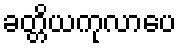
ခတ္တိယကုလာပေ